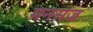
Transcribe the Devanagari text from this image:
मनसज